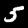
Digit: 5